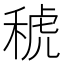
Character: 𱶎